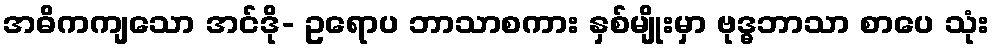
အဓိကကျသော အင်ဒို- ဥရောပ ဘာသာစကား နှစ်မျိုးမှာ ဗုဒ္ဓဘာသာ စာပေ သုံး